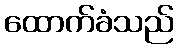
ထောက်ခံသည်